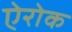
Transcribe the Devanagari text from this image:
ऐरोक